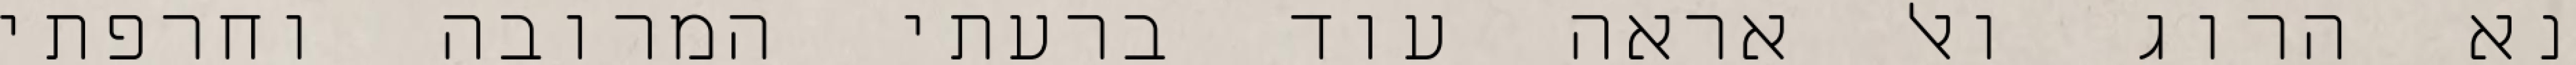
נא הרוג ואל אראה עוד ברעתי המרובה וחרפתי